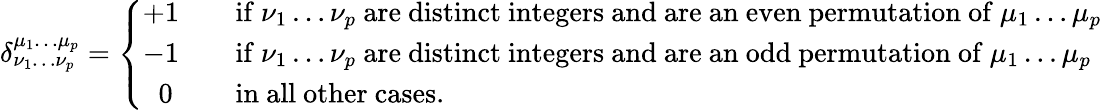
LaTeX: \delta_{\nu_{1}\dots\nu_{p}}^{\mu_{1}\dots\mu_{p}}={\left\{ \begin{array}{ll}{+1}&{\quad{\mathrm{if~}}\nu_{1}\dots\nu_{p}{\mathrm{~are~distinct~integers~and~are~an~even~permutation~of~}}\mu_{1}\dots\mu_{p}}\\ {-1}&{\quad{\mathrm{if~}}\nu_{1}\dots\nu_{p}{\mathrm{~are~distinct~integers~and~are~an~odd~permutation~of~}}\mu_{1}\dots\mu_{p}}\\ {\; \; 0}&{\quad{\mathrm{in~all~other~cases}}.}\end{array}\right.}